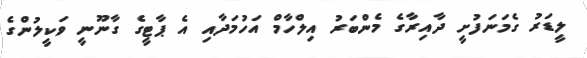
ލީޑަރު ގެމަނަފުށީ ދާއިރާގެ މެންބަރު އިލްހާމް އަހުމަދާއި އެ ޕާޓީގެ ގާނޫނީ ވަކީލުންގެ